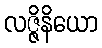
လဇ္ဇိနိယော